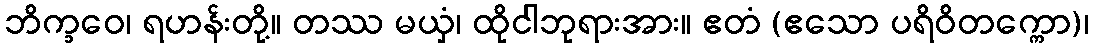
ဘိက္ခဝေ၊ ရဟန်းတို့။ တဿ မယှံ၊ ထိုငါဘုရားအား။ ဧတံ (ဧသော ပရိဝိတက္ကော)၊